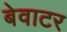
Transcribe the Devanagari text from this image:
बेवाटर